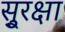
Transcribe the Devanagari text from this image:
सु्रक्षा